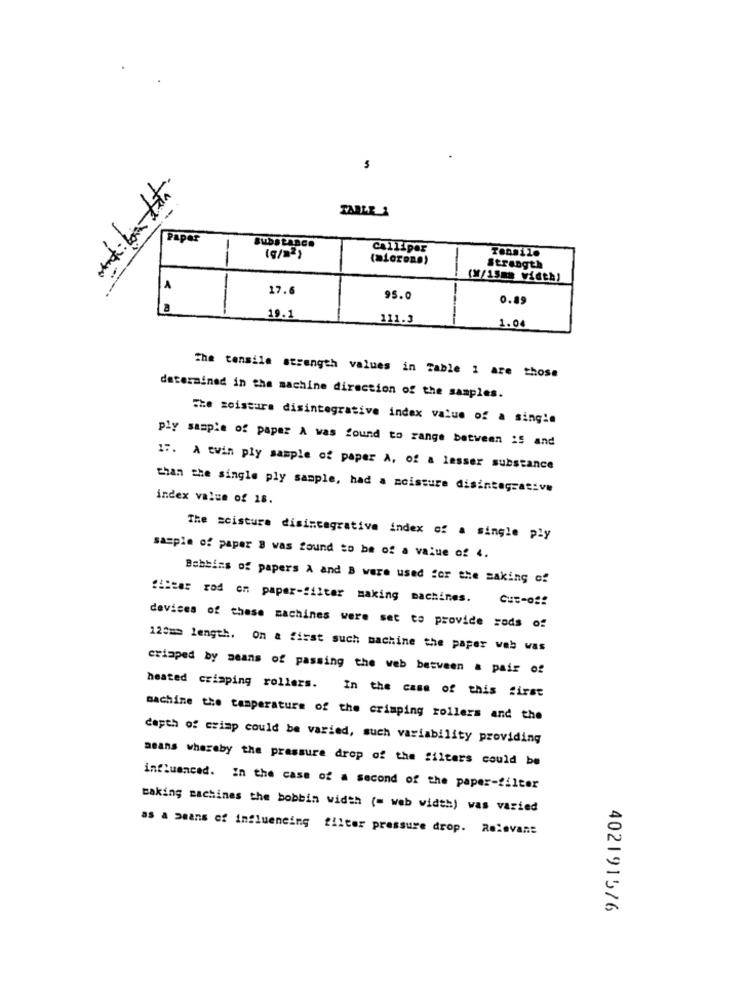
5
TABLE 1
Paper
BubStARCH
Calliper
(9/2)
Strength
(W/15mm width)
17.6
95.0
0.89
19.1
111.3
1.0
The tensile strength values in Table 1 are those
determined in the machine direction of the samples.
The moisture disintegrative index value of a single
ply sample of paper A was found to range between :5 and
17. A twin ply sample of paper A, of a lesser substance
than the single ply sample, had a moisture disintegrative
index value of 18.
The scisture disintegrative index of a single ply
sample of paper 8 was found to be of a value of 4.
Bobbins of papers A and B were used for the making of
"Liter rod on paper-filter making machines.
devices of these machines were set to provide rods of
120 == length. On a first such machine the paper web was
crisped by means of passing the web between a pair of
heated crisping rollers. In the case of this first
machine the temperature of the crimping rollers and the
Capth of crimp could be varied, such variability providing
means whereby the pressure drop of the filters could be
influenced. In the case of a second of the paper-filter
taking machines the bobbin width (= web width) was varied
as a means of influencing filter pressure drop. Relevant
402191576